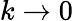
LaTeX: k\to 0